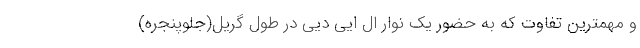
و مهمترین تفاوت که به حضور یک نوار ال ایی دیی در طول گریل(جلوپنجره)